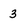
Character: 3